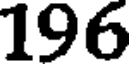
196